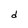
Character: d